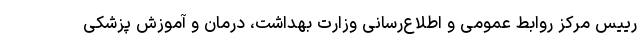
رییس مرکز روابط عمومی و اطلاع‌رسانی وزارت بهداشت، درمان و آموزش پزشکی